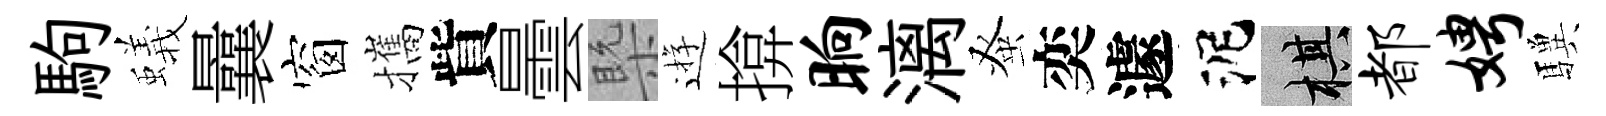
駒蟻曩窗攜貲曇槩逰揜晌漓𫊫奕遽泥棋都娉驥